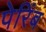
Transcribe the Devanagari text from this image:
पेरिंब